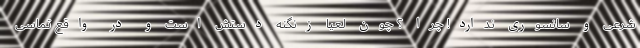
شرعی و سانسوری ندارد! چرا ؟ چون لعیا زنگنه دستش است و در واقع تماسی